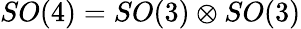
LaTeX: SO(4)=SO(3)\otimes SO(3)